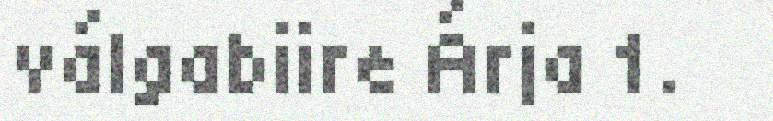
válgabiire Árja 1.